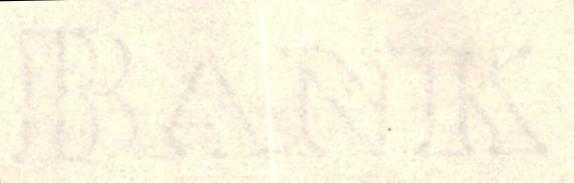
BANK